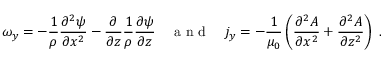
\omega _ { y } = - \frac { 1 } { \rho } \frac { \partial ^ { 2 } \psi } { \partial x ^ { 2 } } - \frac { \partial } { \partial z } \frac { 1 } { \rho } \frac { \partial \psi } { \partial z } \quad \mathrm { ~ a ~ n ~ d ~ } \quad j _ { y } = - \frac { 1 } { \mu _ { 0 } } \left( \frac { \partial ^ { 2 } A } { \partial x ^ { 2 } } + \frac { \partial ^ { 2 } A } { \partial z ^ { 2 } } \right) \; .